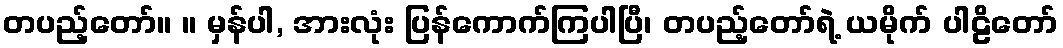
တပည့်တော်။ ။ မှန်ပါ, အားလုံး ပြန်ကောက်ကြပါပြီ၊ တပည့်တော်ရဲ့ ယမိုက် ပါဠိတော်